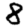
Digit: 8